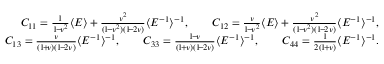
\begin{array} { r l r } & { } & { C _ { 1 1 } = \frac { 1 } { 1 \! - \! \nu ^ { 2 } } \langle E \rangle + \frac { \nu ^ { 2 } } { ( 1 \! - \! \nu ^ { 2 } ) ( 1 \! - \! 2 \nu ) } \langle E ^ { - 1 } \rangle ^ { - 1 } , \qquad C _ { 1 2 } = \frac { \nu } { 1 \! - \! \nu ^ { 2 } } \langle E \rangle + \frac { \nu ^ { 2 } } { ( 1 \! - \! \nu ^ { 2 } ) ( 1 \! - \! 2 \nu ) } \langle E ^ { - 1 } \rangle ^ { - 1 } , } \\ & { } & { C _ { 1 3 } = \frac { \nu } { ( 1 \! + \! \nu ) ( 1 \! - \! 2 \nu ) } \langle E ^ { - 1 } \rangle ^ { - 1 } , \qquad C _ { 3 3 } = \frac { 1 \! - \! \nu } { ( 1 \! + \! \nu ) ( 1 \! - \! 2 \nu ) } \langle E ^ { - 1 } \rangle ^ { - 1 } , \qquad C _ { 4 4 } = \frac { 1 } { 2 ( 1 \! + \! \nu ) } \langle E ^ { - 1 } \rangle ^ { - 1 } . } \end{array}